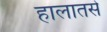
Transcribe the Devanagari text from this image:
हालातसे